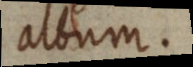
album.